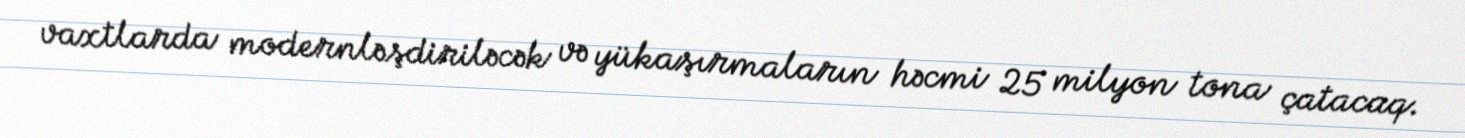
vaxtlarda modernləşdiriləcək və yükaşırmaların həcmi 25 milyon tona çatacaq.